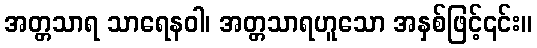
အတ္တသာရ သာရေနဝါ၊ အတ္တသာရဟူသော အနှစ်ဖြင့်၎င်း။